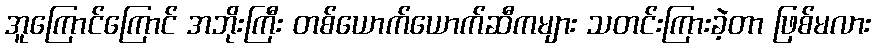
အူကြောင်ကြောင် အဘိုးကြီး တစ်ယောက်ယောက်ဆီကများ သတင်းကြားခဲ့တာ ဖြစ်မလား